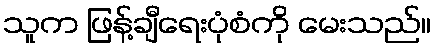
သူက ဖြန့်ချီရေးပုံစံကို မေးသည်။